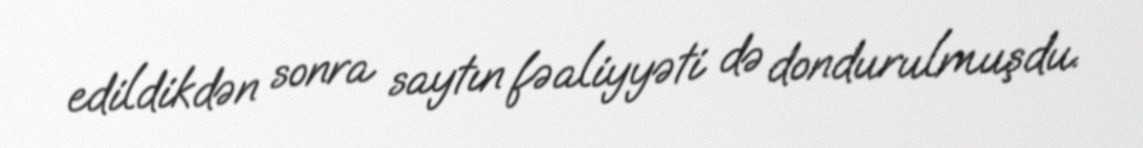
edildikdən sonra saytın fəaliyyəti də dondurulmuşdu.